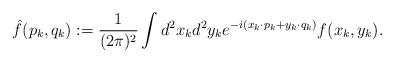
LaTeX: \begin{align*} \hat f(p_k, q_k) := \frac 1{(2\pi)^2} \int d^2 x_k d^2y_k e^{-i(x_k \cdot p_k +y_k \cdot q_k)} f(x_k, y_k) . \end{align*}